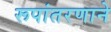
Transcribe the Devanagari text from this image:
रूपांतरणाने